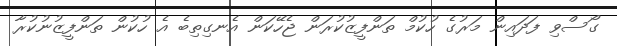
ގޯސްވި ފަދައިން މަރުގެ ހުކުމް ތަންފީޒުކުރަން ޖެހޭކަން އެނގިތިބެ އެ ހުކުން ތަންފީޒުނުކުރާ